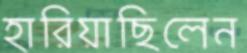
হারিয়াছিলেন